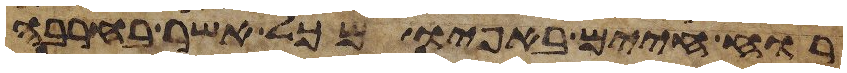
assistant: רוח חיים באפיו מכל אשר בחרבה